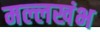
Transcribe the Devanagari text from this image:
मल्लखंभ